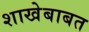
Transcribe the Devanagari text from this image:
शाखेबाबत